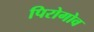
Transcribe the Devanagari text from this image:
पिरोगोव